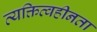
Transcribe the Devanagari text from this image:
व्यक्तित्वहीनता